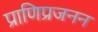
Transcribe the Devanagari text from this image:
प्राणिप्रजनन